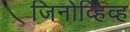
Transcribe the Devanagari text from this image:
जिनोव्हिव्ह